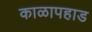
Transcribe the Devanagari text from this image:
काळापहाड